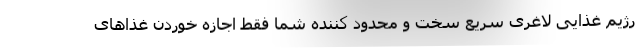
رژیم غذایی لاغری سریع سخت و محدود کننده شما فقط اجازه خوردن غذاهای